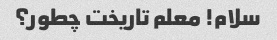
سلام! معلم تاریخت چطور؟